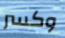
وكسر